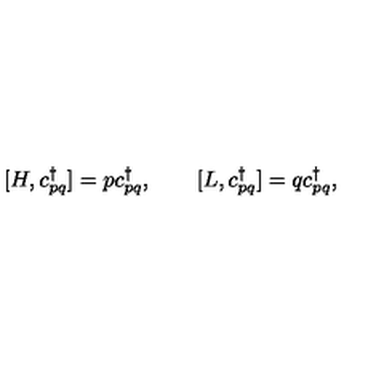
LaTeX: [ H , c _ { p q } ^ { \dagger } ] = p c _ { p q } ^ { \dagger } , \qquad [ L , c _ { p q } ^ { \dagger } ] = q c _ { p q } ^ { \dagger } ,